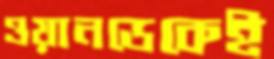
ওয়ানডেকেই